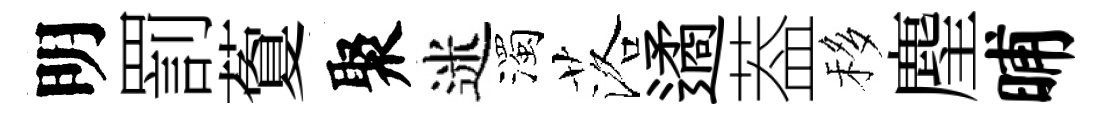
明罰藑聚迷濁落遹葢移麈晡